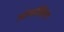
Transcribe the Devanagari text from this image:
ओळखिला